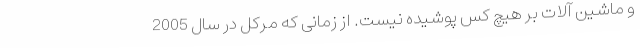
و ماشین آلات بر هیچ کس پوشیده نیست. از زمانی که مرکل در سال 2005